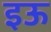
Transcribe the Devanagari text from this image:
इऊ